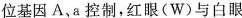
位基因A、a 控制，红眼(W)与白眼